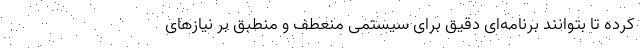
کرده تا بتوانند برنامه‌ای دقیق برای سیستمی منعطف و منطبق بر نیاز‌های